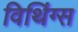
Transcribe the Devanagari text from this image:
विथिंग्स